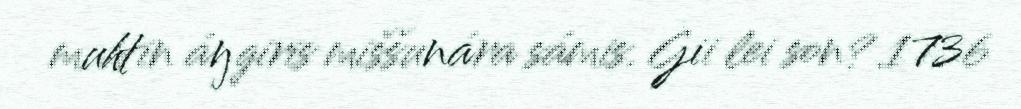
muhtin áŋgiris miššunára sámis. Gii lei son? 1736